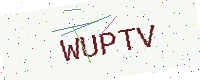
Text: WUPTV